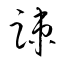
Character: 踈